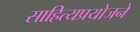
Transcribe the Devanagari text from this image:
साहित्यप्रयोजने